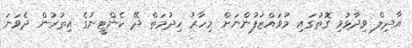
އާދިލް ވިދާޅުވި ގޮތުގައި މުވައްޒަފުންނަށް މިހާރު ހިދުމަތް ދޭ ކެންޓީނުގެ އިތުރުން ދެވަނަ